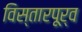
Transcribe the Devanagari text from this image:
विस्तारपूर्व